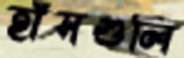
হাঁসগুলি